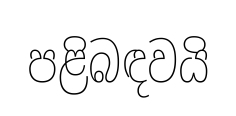
පළිබඳවයි